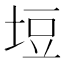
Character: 𭎞